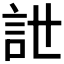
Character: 𧥨